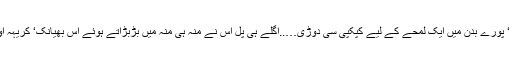
ایک جھٹکے سے اس کی آنکھ کھلی دل زور ‘ زور سے دھڑکا ‘ پورے بدن میں ایک لمحے کے لیے کپکپی سی دوڑی…..اگلے ہی پل اس نے منہ ہی منہ میں بڑبڑاتے ہوئے اس بھیانک‘ کریہہ آواز پر ہزار لعنت بھیجی ‘ اور پھر سے کروٹ بدل کر لیٹ گئی۔